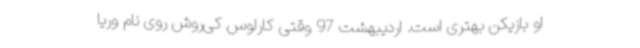
او بازیکن بهتری است. اردیبهشت 97 وقتی کارلوس ‌کی‌روش روی نام وریا